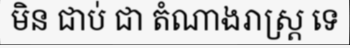
មិន ជាប់ ជា តំណាងរាស្ត្រ ទេ